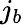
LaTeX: j_{b}